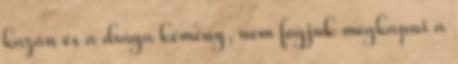
kazán és a drága kémény, nem fogjuk megkapni a